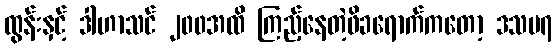
ထွန်းနှင့် ဒါဟာသင် ၂၀၀အထိ ကြည့်နေတဲ့ဖိခရောက်ကတော့ ဒသမ၇